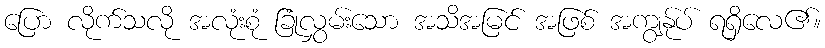
ပြော လိုက်သလို အလုံးစုံ ခြုံလွှမ်းသော အသိအမြင် အဖြစ် အကျွန်ုပ် ရရှိလေ၏။